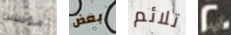
مؤسس بعض تلائم 20